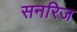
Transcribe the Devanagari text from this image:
सनरिज